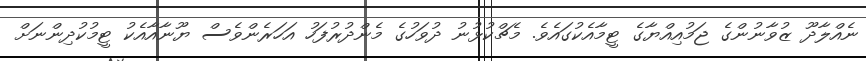
ނެއްލާދޫ ޒުވާނުންގެ ޖަމުއިއްޔާގެ ޓީމާއެކުގައެވެ. މެޗްކުޅުނު ދުވަހުގެ މެންދުރުފަހު އަހަރެންވެސް ޔޫނާއާއެކު ޓީމުކުދިންނަށް